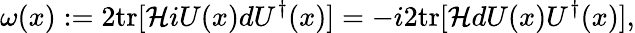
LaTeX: \omega(x):=2\mathrm{tr}[{\cal H}iU(x)dU^{\dagger}(x)]=-i2\mathrm{tr}[{\cal H}dU(x)U^{\dagger}(x)],